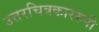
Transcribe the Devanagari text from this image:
उत्तरचित्रकाररुपी